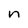
Character: n